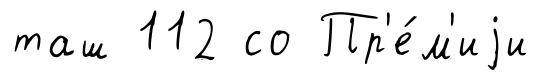
таш 112 со Пр'е́м'иjи